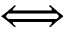
\Longleftrightarrow